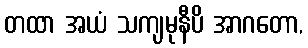
တထာ အယံ သကျမုနီပိ အာဂတော,